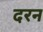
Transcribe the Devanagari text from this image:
दरन